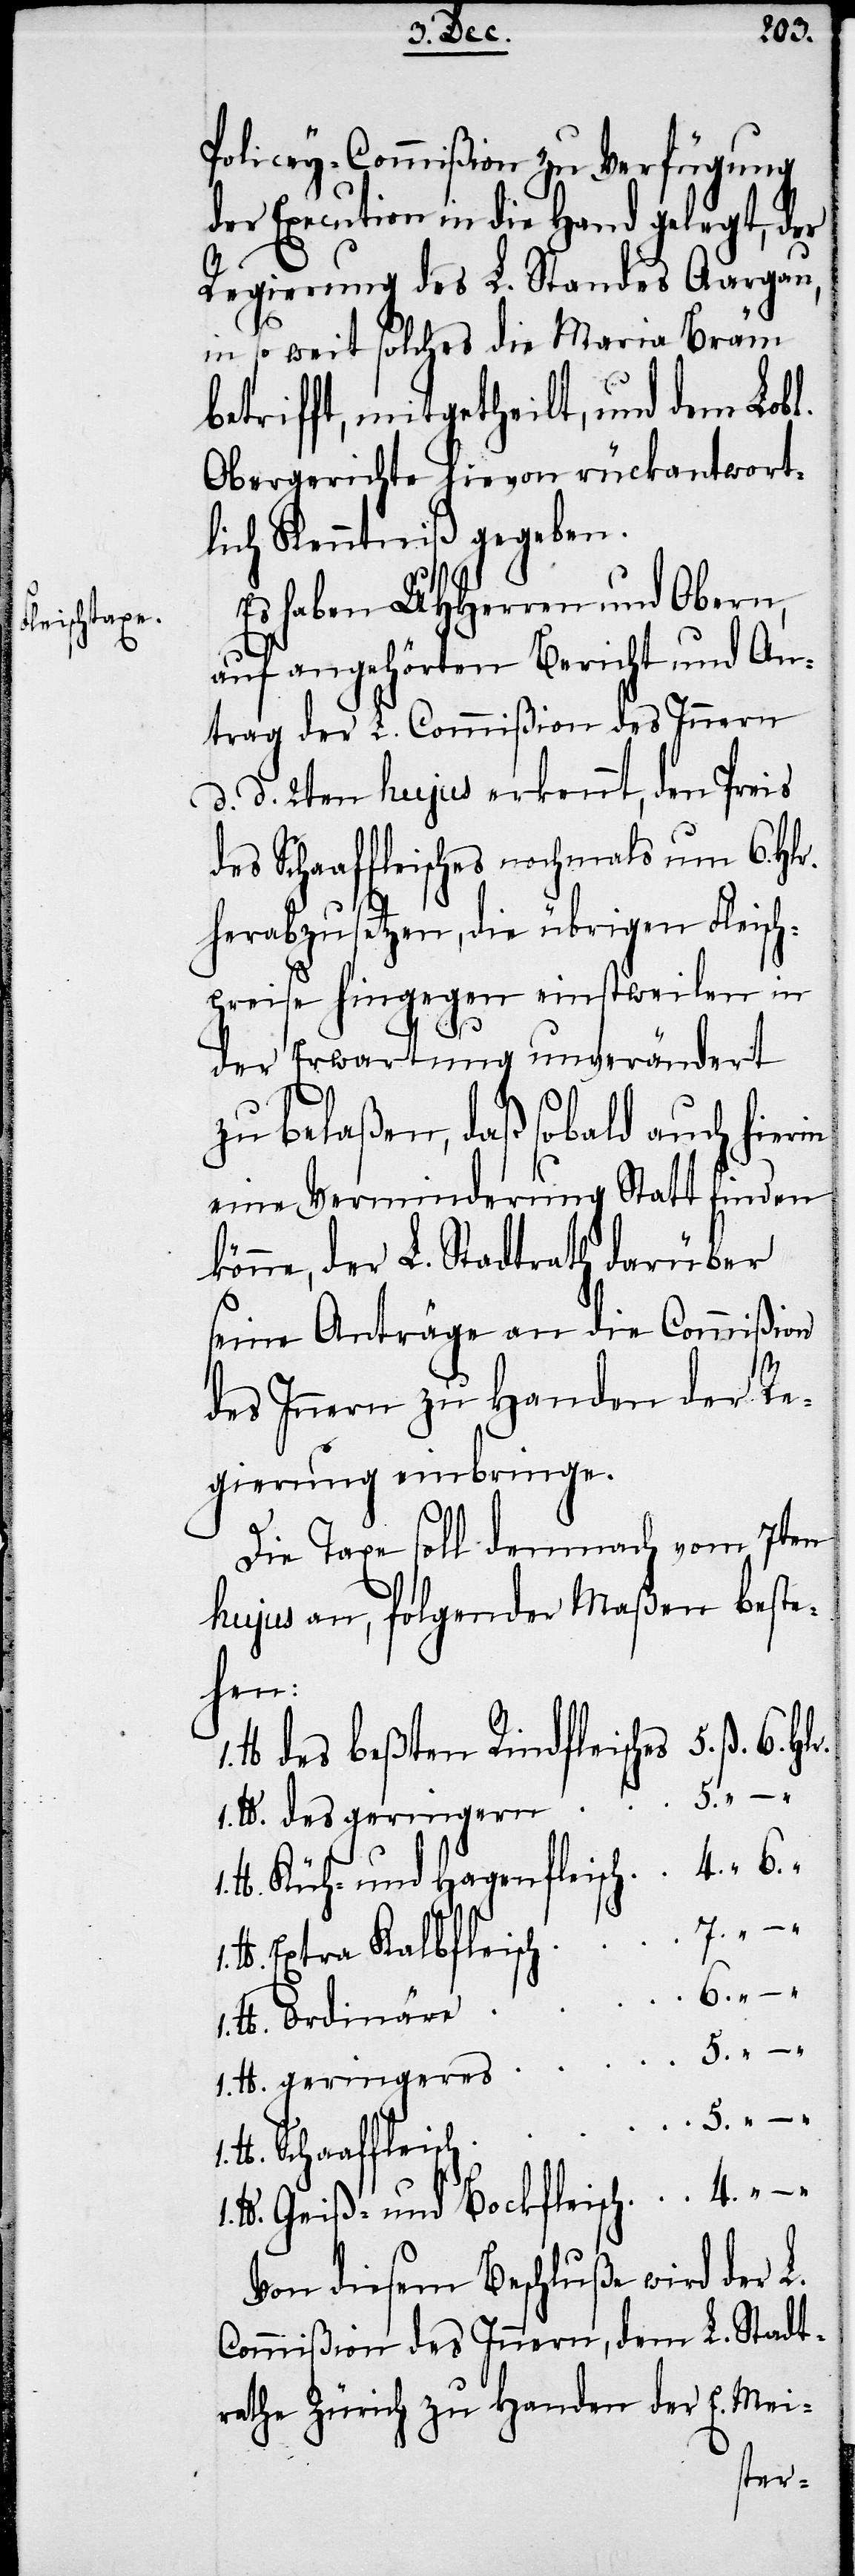
Policey-Commißion zu Verfügung
der Execution in die Hand gelegt, der
Regierung des L. Standes Aargau,
in so weit solches die Maria Bräm
betrifft, mitgetheilt, und dem Lobl.
Obergerichte hievon rückantwort¬
lich Kenntniß gegeben.
Es haben UHHerren und Obern,
auf angehörten Bericht und An¬
trag der L. Commißion des Innern
d. d. 2ten hujus erkennt, den Preis
des Schaaffleisches nochmals um 6. Hlr.
herabzusetzen, die übrigen Fleisch¬
preise hingegen einstweilen in
der Erwartung unverändert
zu belaßen, daß sobald auch hierin
eine Verminderung Statt finden
könne, der L. Stadtrath darüber
seine Anträge an die Commißion
4.
des Innern zu Handen der Re¬
gierung einbringe.
Die Taxe soll demnach vom 7ten
hujus an, folgender Maßen beste¬
hen:
des beßten Rindfleisches
des geringern
Extra Kalbfleisch
Von diesem Beschluße wird der L.
Commißion des Innern, dem L. Stadt¬
rathe Zürich zu Handen der E. Mei-